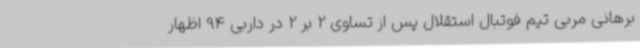
برهانی مربی تیم فوتبال استقلال پس از تساوی 2 بر 2 در داربی 94 اظهار